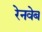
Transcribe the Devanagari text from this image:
रेनवेब